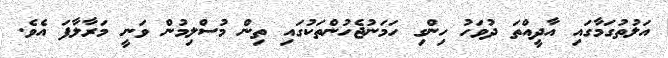
އަލުތުގަމާގައި އާދީއްތަ ދުވަހު ހިންގި ހަމަނުޖެހުންތަކުގައި ތިން މުސްލިމުން ވަނީ މަރާލާފަ އެވެ.